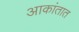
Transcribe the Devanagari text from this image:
आकांतात